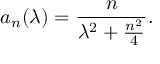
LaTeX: a _ { n } ( \lambda ) = \frac { n } { \lambda ^ { 2 } + \frac { n ^ { 2 } } { 4 } } .